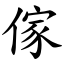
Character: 傢